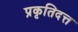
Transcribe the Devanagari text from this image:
प्रकृतिदत्त